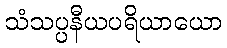
သံသပ္ပနီယပရိယာယော